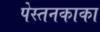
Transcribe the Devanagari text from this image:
पेस्तनकाका